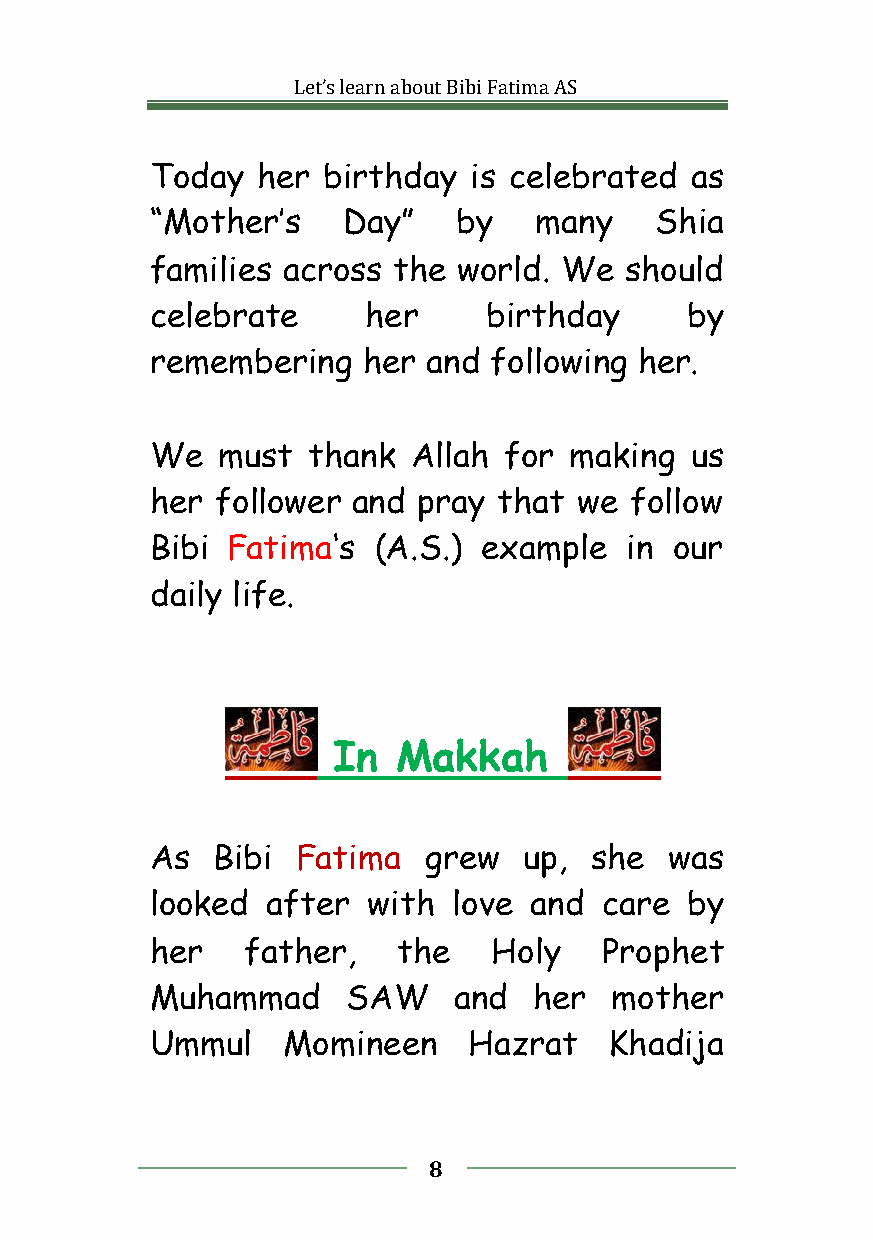
Let’slearnaboutBibiFatimaAS
 Today  her birthday  is celebrated  as
 “Mother’s    Day”   by   many    Shia
 families across the world. We  should
 celebrate     her     birthday     by
 remembering   her and following her.
 We  must  thank  Allah for  making  us
 her follower and  pray that we  follow
 Bibi Fatima‘s  (A.S.) example  in  our
 daily life.
 In  Makkah
 As  Bibi  Fatima  grew   up, she  was
 looked  after with  love and  care by
 her   father,   the    Holy   Prophet
 Muhammad     SAW    and  her  mother
 Ummul    Momineen    Hazrat   Khadija
 8